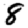
Digit: 8